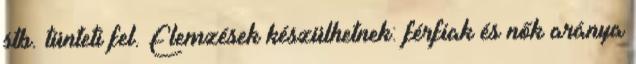
stb. tünteti fel. Elemzések készülhetnek: férfiak és nők aránya